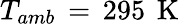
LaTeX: T_{amb}\, =\, 295\, \mathrm{~K~}